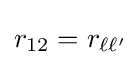
r_{12}=r_{\ell \ell '}